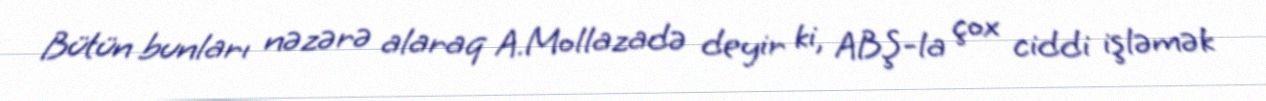
Bütün bunları nəzərə alaraq A.Mollazadə deyir ki, ABŞ-la çox ciddi işləmək